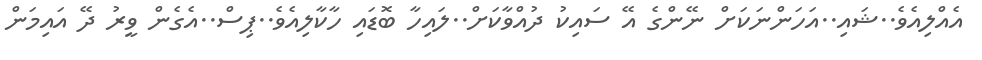
އެއްލިއެވެ..ޝައި..އަހަންނަކަށް ނޭންގެ އޭ ސައިކު ދުއްވާކަށް..ލައިހާ ބޮޑައި ހާކާލިއެވެ..ޕިސް..އެގެން ވީރު ދޭ އައިމަން